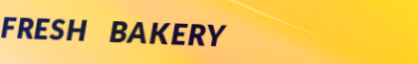
FRESH BAKERY